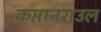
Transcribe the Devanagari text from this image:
कप्तानराउल